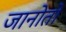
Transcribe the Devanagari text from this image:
जानोतो